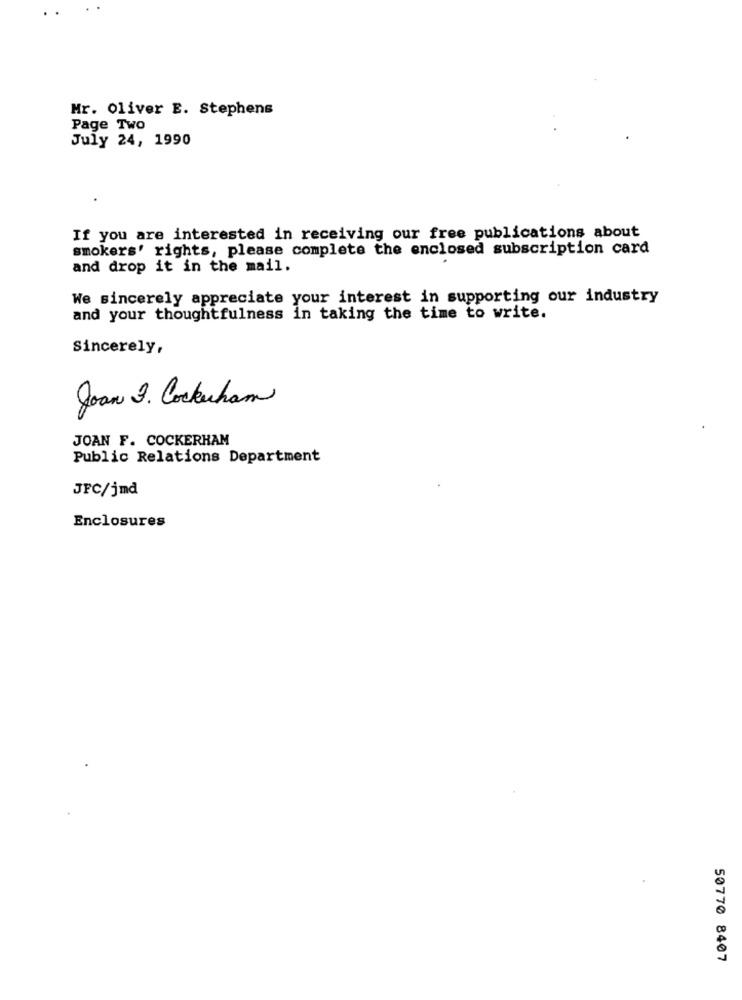
Mr. Oliver E. Stephens
Page Two
July 24, 1990
If you are interested in receiving our free publications about
smokers' rights, please complete the enclosed subscription card
and drop it in the mail.
We sincerely appreciate your interest in supporting our industry
and your thoughtfulness in taking the time to write.
Sincerely,
Joan J. Cockuham
JOAN F. COCKERHAM
Public Relations Department
JFC/jmd
Enclosures
50770 8407